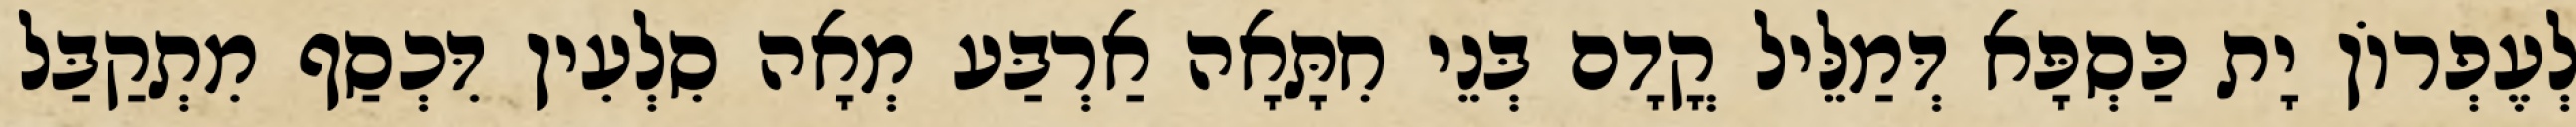
לְעֶפְרוֹן יָת כַּסְפָּא דְּמַלֵּיל קֳדָם בְּנֵי חִתָּאָה אַרְבַּע מְאָה סִלְעִין דִּכְסַף מִתְקַבַּל